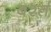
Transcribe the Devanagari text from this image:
बर्श्त